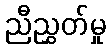
ညီညွှတ်မှု